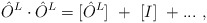
\begin{align*}\hat O^L\cdot\hat O^L=[\hat O^L]~+~[I]~+...~,\end{align*}